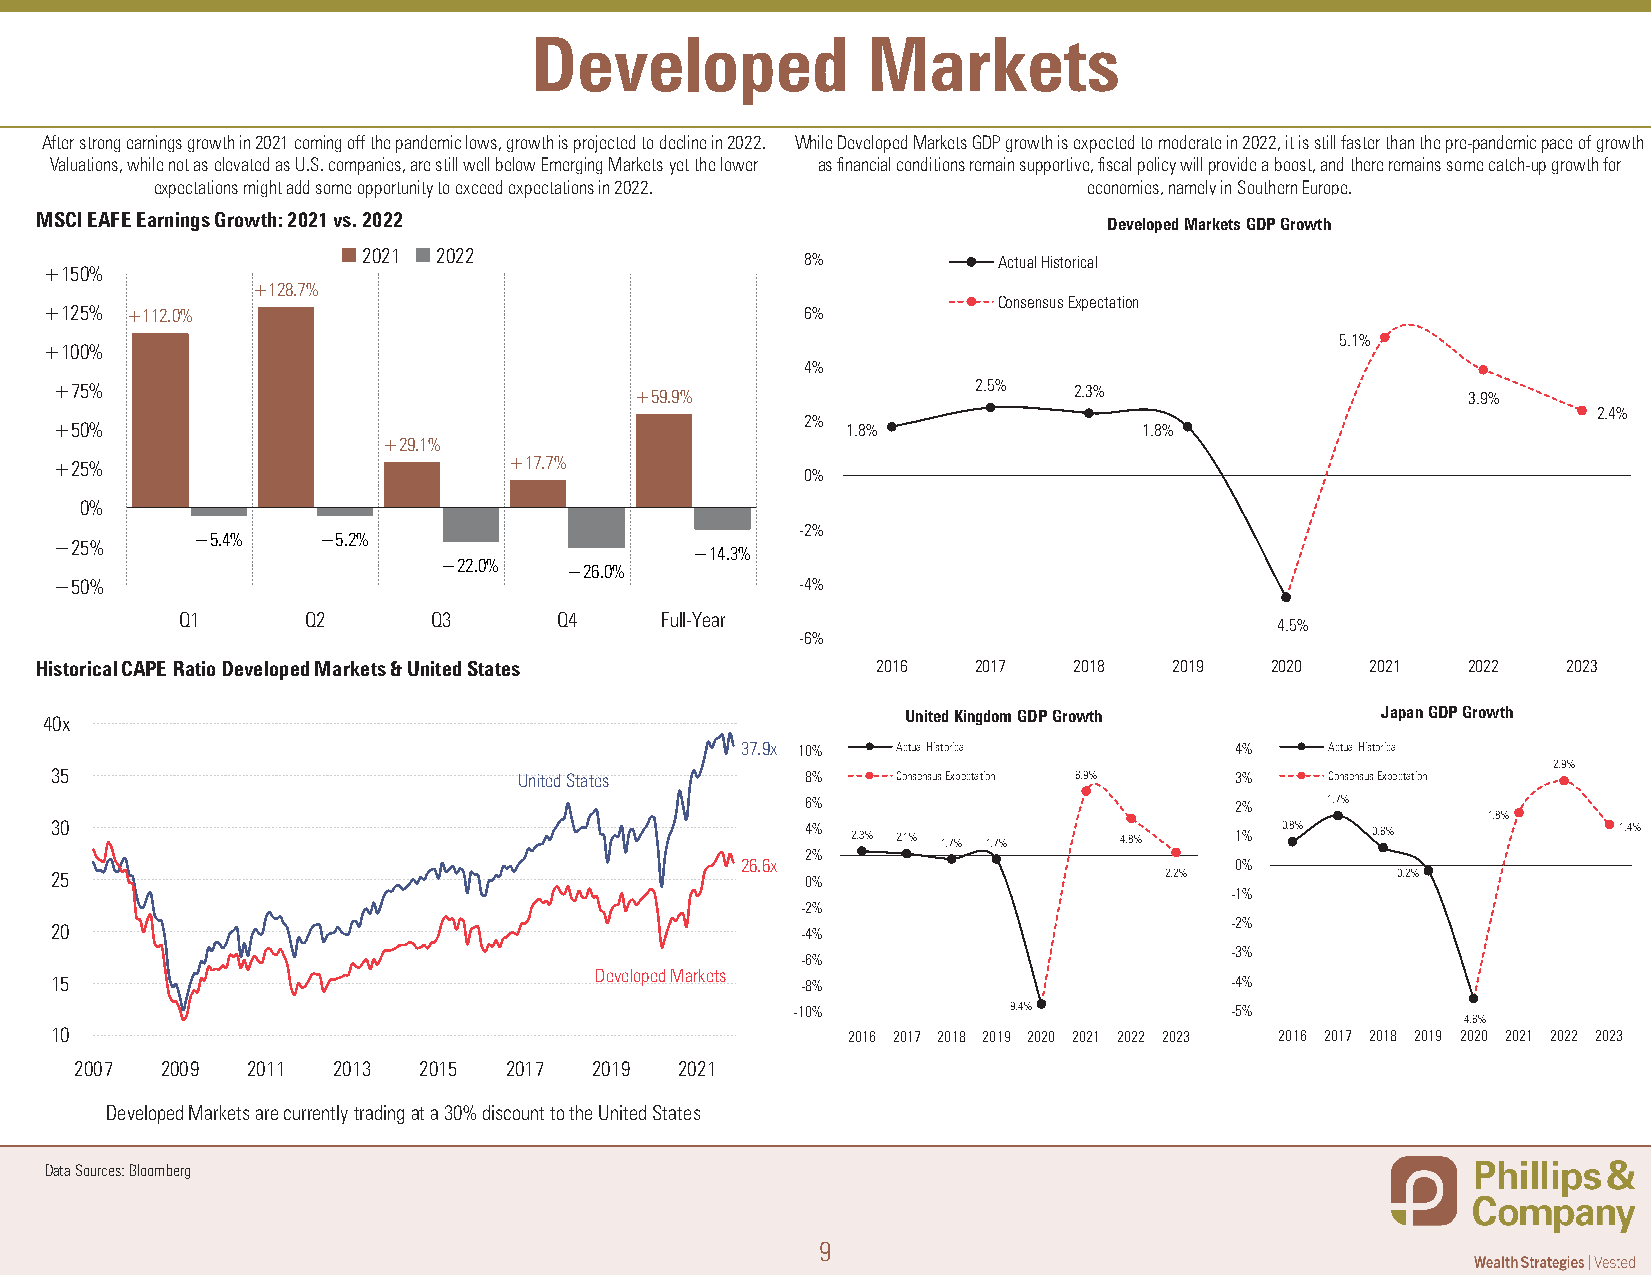
Developed             Markets
 After strong earnings growth in 2021 coming off the pandemic lows, growth is projected to decline in 2022. While Developed Markets GDP growth is expected to moderate in 2022, it is still faster than the pre-pandemic pace of growth
 Valuations, while not as elevated as U.S. companies, are still well below Emerging Markets yet the lower as financial conditions remain supportive, fiscal policy will provide a boost, and there remains some catch-up growth for
 expectations might add some opportunity to exceed expectations in 2022. economies, namely in Southern Europe.
 MSCI EAFE Earnings Growth: 2021 vs. 2022                               Developed Markets GDP Growth
 2021 2022                    8%           Actual Historical
 +150%
 +128.7%
 Consensus Expectation
 +125% +112.0%                                     6%
 5.1%
 +100%
 4%
 +75%                                  +59.9%                 2.5%  2.3%                      3.9%
 2.4%
 2%
 +50%                                                1.8%                1.8%
 +29.1%
 +25%                          +17.7%
 0%
 0%
 -2%
 −5.4%   −5.2%
 −25%
 −14.3%
 −22.0%   −26.0%
 −50%                                             -4%
 Q1      Q2       Q3      Q4     Full-Year
 −4.5%
 -6%
 Historical CAPE Ratio Developed Markets & United States 2016  2017   2018   2019  2020   2021  2022   2023
 40x                                                      United Kingdom GDP Growth      Japan GDP Growth
 37.9x 10% Actual Historical      4%    Actual Historical
 2.9%
 35                             United States      8%    Consensus Expectation 6.9% 3% Consensus Expectation
 6%                           2%    1.7%
 1.8%
 30                                                4% 2.3% 2.1% 1.7% 1.7% 4.8%  1% 0.8%  0.6%            1.4%
 2%
 26.6x                            0%
 25                                                0%                      2.2%           -0.2%
 -1%
 -2%
 20                                                -4%                         -2%
 -3%
 -6%
 Developed Markets
 15                                                -8%                         -4%
 -10%           -9.4%         -5%
 -4.6%
 10                                                   2016 2017 2018 2019 2020 2021 2022 2023 2016 2017 2018 2019 2020 2021 2022 2023
 2007  2009 2011  2013  2015 2017  2019  2021
 Developed Markets are currently trading at a 30% discount to the United States
 Data Sources: Bloomberg
 9